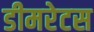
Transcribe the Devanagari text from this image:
डीमरेटस